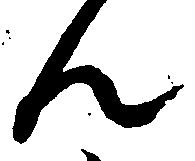
ん